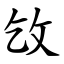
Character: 㩿